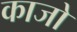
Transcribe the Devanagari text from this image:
काजो